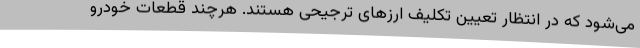
می‌شود که در انتظار تعیین تکلیف ارزهای ترجیحی هستند. هرچند قطعات خودرو